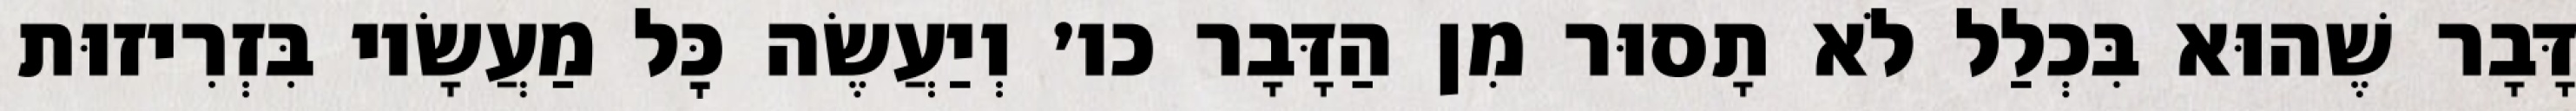
דָּבָר שֶׁהוּא בִּכְלַל לֹא תָסוּר מִן הַדָּבָר כו׳ וְיַעֲשֶׂה כׇּל מַעֲשָׂיו בִּזְרִיזוּת